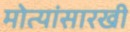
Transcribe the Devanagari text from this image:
मोत्यांसारखी